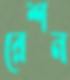
রেশন